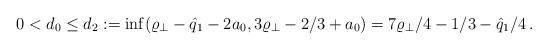
LaTeX: \begin{align*}0 < d_0 \leq d_2:= \inf ( \varrho_\perp-\hat{q}_1-2a_0, 3\varrho_\perp-2/3+a_0 )= 7\varrho_\perp/4-1/3-\hat{q}_1/4\,.\end{align*}